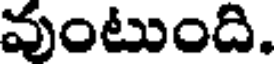
వుంటుంది.